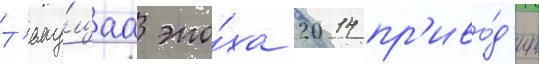
Т'еку́щаа эпо́ха 2014 пр'иво́д'ит